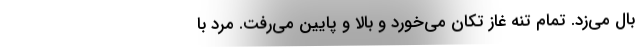
بال مي‌زد. تمام تنه غاز تكان مي‌خورد و بالا و پايين مي‌رفت. مرد با